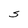
Character: S